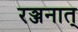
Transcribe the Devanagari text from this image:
रञ्जनात्